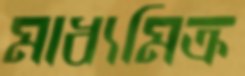
মাধ্যমিক্র